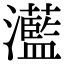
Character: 灆